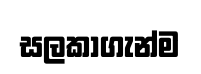
සලකාගැන්ම